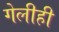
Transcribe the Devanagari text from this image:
गेलीही